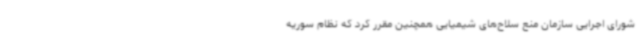
شورای اجرایی سازمان منع سلاح‌های شیمیایی همچنین مقرر کرد که نظام سوریه